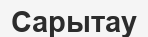
Сарытау